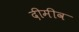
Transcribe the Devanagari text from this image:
दीमीव